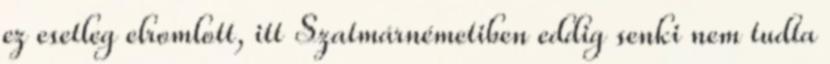
ez esetleg elromlott, itt Szatmárnémetiben eddig senki nem tudta